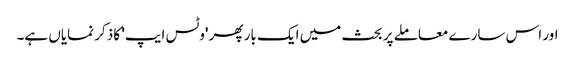
اور اس سارے معاملے پر بحث میں ایک بار پھر 'وٹس ایپ' کا ذکر نمایاں ہے۔